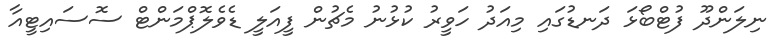
ނިލަންދޫ ފުޓްބޯޅަ ދަނޑުގައި މިއަދު ހަވީރު ކުޅުނު މެޗުން ފީއަލީ ޑެވެލޮޕްމަންޓް ސޮސައިޓީއާ